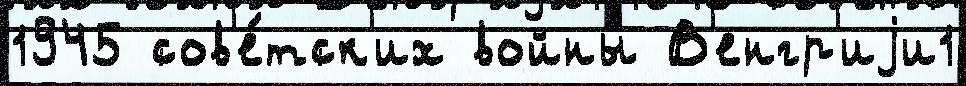
1945 сов'е́тск'их войны́ В'енгр'иjи1